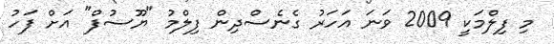
މި ފިލްމަކީ 2009 ވަނަ އަހަރު ގެނެސްދިން ފިލްމު "ޔޫސުފް" އަށް ފަހު